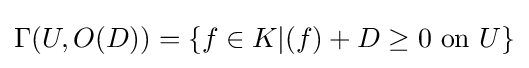
\Gamma (U,O(D))=\{f\in K|(f)+D\geq 0{\text{ on }}U\}